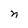
Character: n